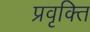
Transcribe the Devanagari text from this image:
प्रवृक्ति